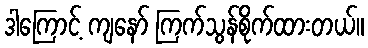
ဒါကြောင့် ကျနော် ကြက်သွန်စိုက်ထားတယ်။